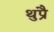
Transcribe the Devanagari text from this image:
थुप्रै